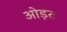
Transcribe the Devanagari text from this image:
ओड़त